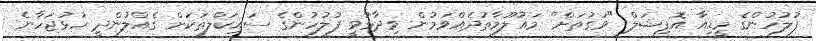
ފުލުހުންގެ މީޑިއާ އޮފިޝަލް "ވަގުތަށް" މައުލޫމާތުދެއްވަމުން ވިދާޅުވީ ފުލުހުންގެ ސައިކަލްތަކަށް ގެއްލުންދީ ހުޅުޖަހާނެ